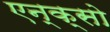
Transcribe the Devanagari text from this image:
एन्क्सो